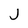
Character: J